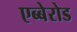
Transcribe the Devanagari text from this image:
एब्बेरोड